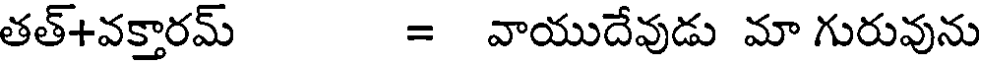
తత్+వక్తారమ్ = వాయుదేవుడు మా గురువును